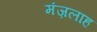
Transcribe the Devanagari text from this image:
मंज़लाह